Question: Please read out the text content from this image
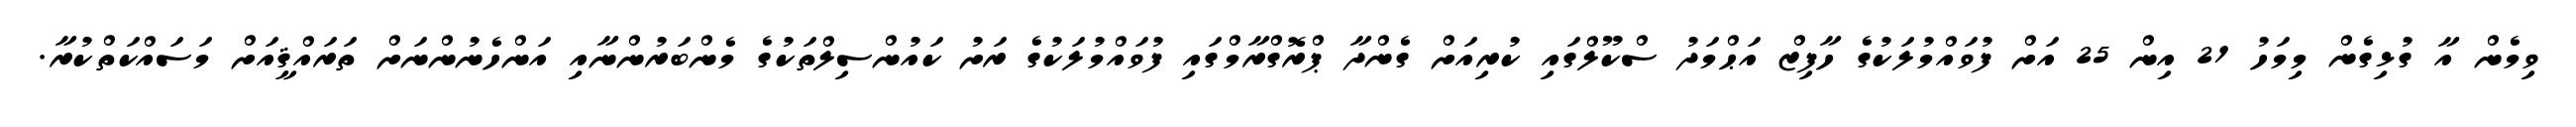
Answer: ވިމެން އާ ގުޅިގެން މިމަހު 21 އިން 25 އަށް ފުވައްމުލަކުގެ ހާފިޒް އަޙްމަދު ސްކޫލްގައި ކުރިއަށް ގެންދާ ޕްރޮގްރާމްގައި ފުވައްމުލަކުގެ ރަށު ކައުންސިލްތަކުގެ މެންބަރުންނާއި އަންހެނުންނަށް ތަރައްޤީއަށް މަސައްކަތްކުރާ.